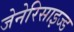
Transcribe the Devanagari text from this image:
जेनेरिसाइज्ड